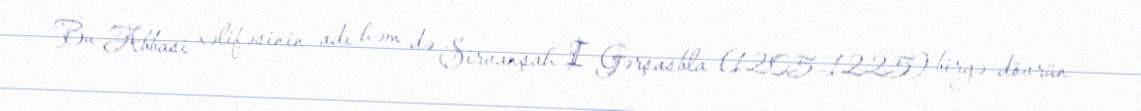
Bu Abbasi xəlifəsinin adı həm də Şirvanşah I Gərşasbla (1205–1225) birgə dövrün